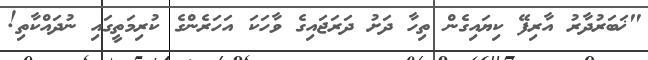
"ޚަބަރުދާރު އާރިފޭ ކިޔައިގެން ތިހާ ދަށު ދަރަޖައިގެ ވާހަކަ އަހަރެންގެ ކުރިމަތީގައި ނުދައްކާތި!